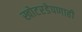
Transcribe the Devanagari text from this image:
खोटरडेपणाही